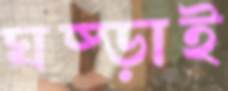
ঘষ্‌ড়াই